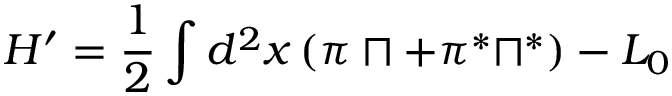
H ^ { \prime } = \frac { 1 } { 2 } \int d ^ { 2 } x \, ( \pi \sqcap + \pi ^ { \ast } \sqcap ^ { \ast } ) - L _ { 0 }